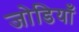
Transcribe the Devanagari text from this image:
जोडियाँ